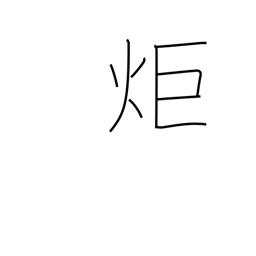
Meaning: signal fire